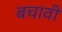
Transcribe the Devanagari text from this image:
बचावी